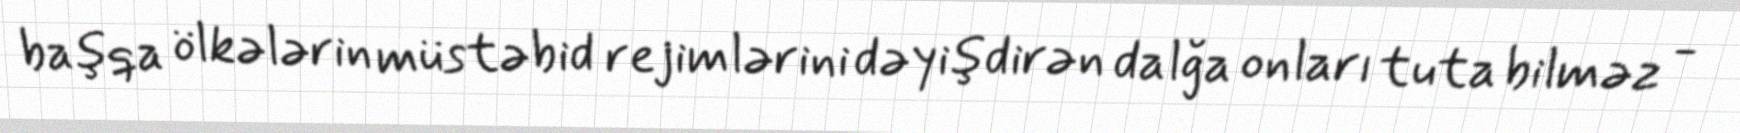
başqa ölkələrin müstəbid rejimlərini dəyişdirən dalğa onları tuta bilməz -